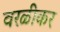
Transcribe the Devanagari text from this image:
वरळीकर